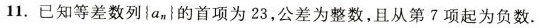
11. 已知等差数列\left\{a_{n}\right\}的首项为23，公差为整数，且从第7项起为负数